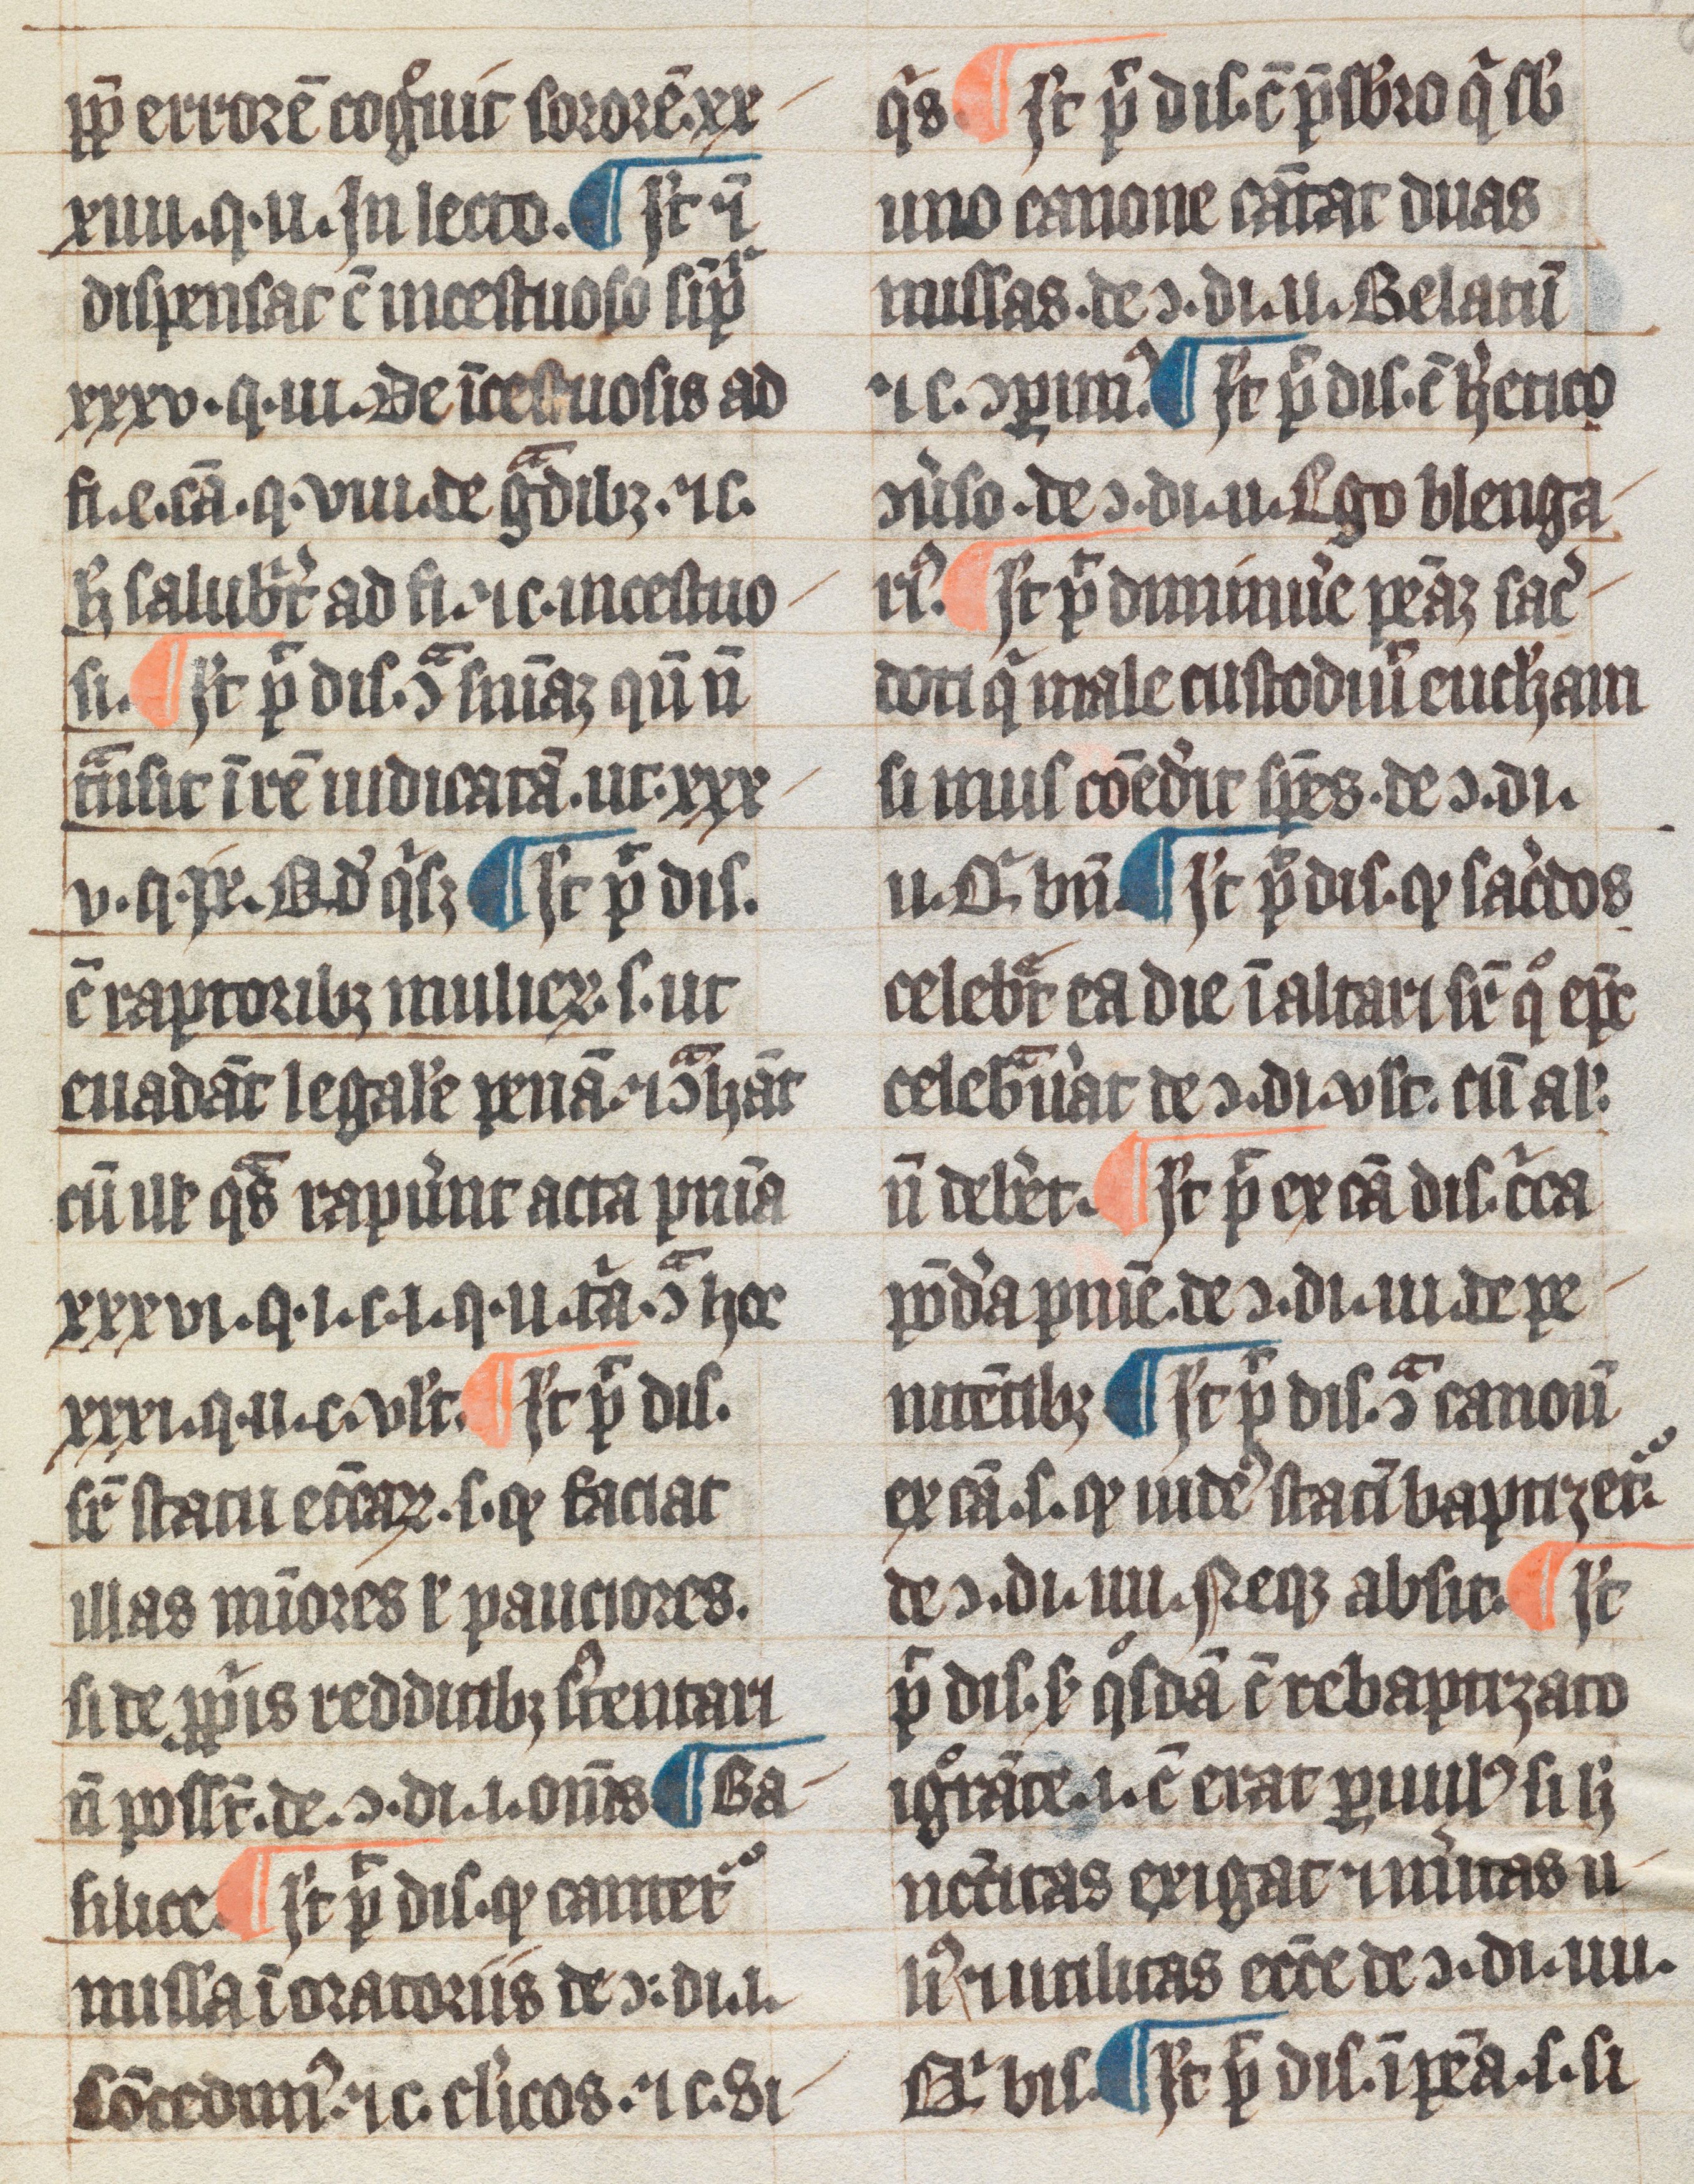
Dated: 1300–1399